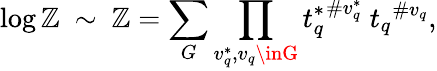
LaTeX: \log\mathbb{Z}~\sim~{\cal\mathbb{Z}}=\sum_{G}\prod_{v_{q}^{*},v_{q}\inG}{t_{q}^{*}}^{\# v_{q}^{*}}\ {t_{q}}^{\# v_{q}},